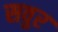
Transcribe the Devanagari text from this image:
सवुर